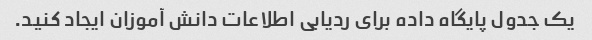
یک جدول پایگاه داده برای ردیابی اطلاعات دانش آموزان ایجاد کنید.